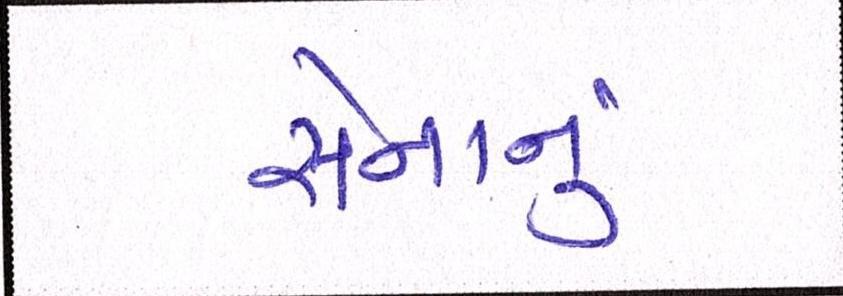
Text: સેનાનું